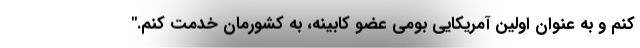
کنم و به عنوان اولین آمریکایی بومی عضو کابینه، به کشورمان خدمت کنم."